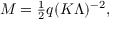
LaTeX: M = { \textstyle \frac { 1 } { 2 } } q ( K { \mit \Lambda } ) ^ { - 2 } ,